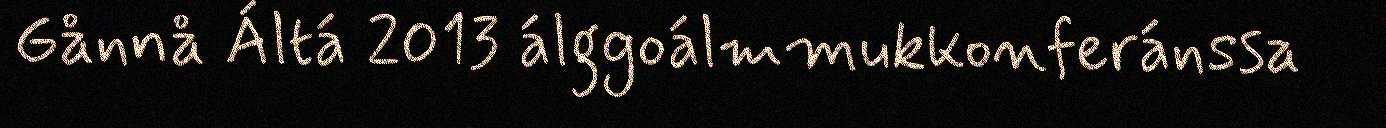
Gånnå Áltá 2013 álggoálmmukkonferánssa